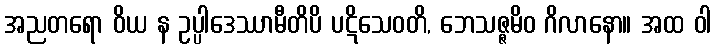
အညတရော ဝိယ န ဥပ္ပါဒေဿာမီတိပိ ပဋိသေဝတိ, ဘေသဇ္ဇမိဝ ဂိလာနော။ အထ ဝါ